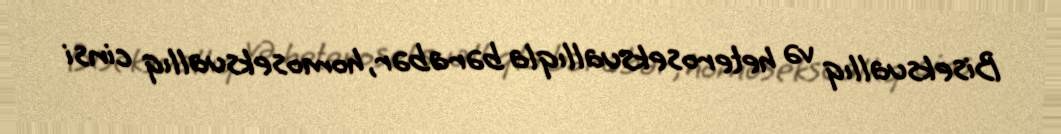
Biseksuallıq və heteroseksuallıqla bərabər, homoseksuallıq cinsi